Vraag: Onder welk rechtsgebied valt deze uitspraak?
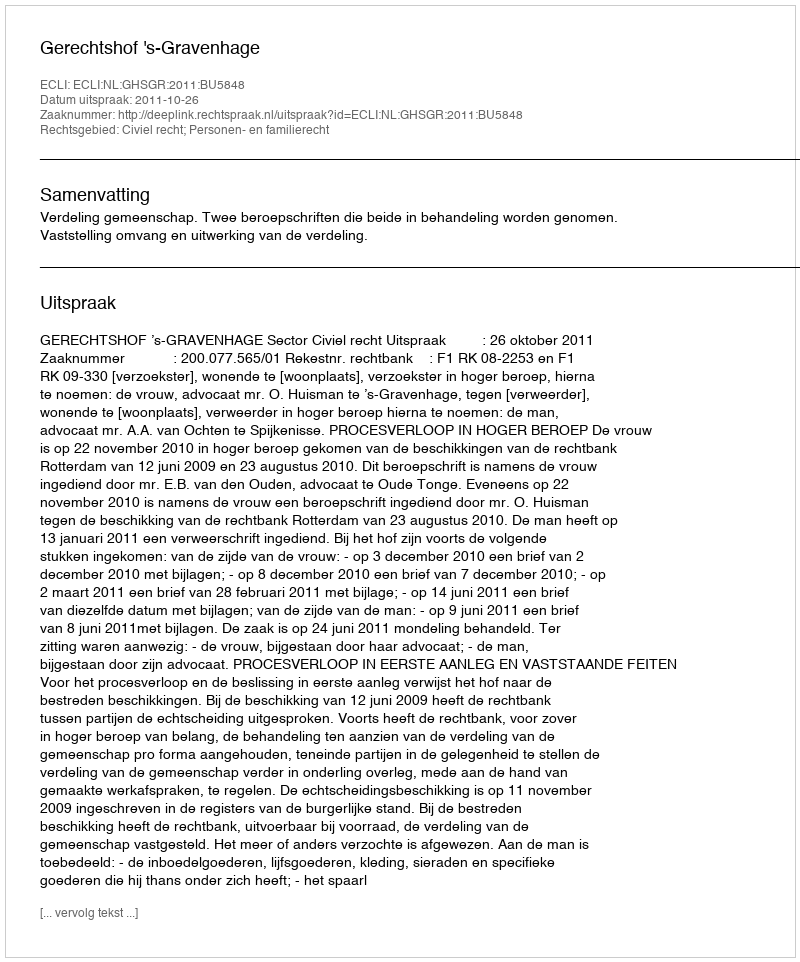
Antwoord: Civiel recht; Personen- en familierecht